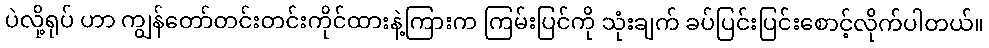
ပဲလို့ရုပ် ဟာ ကျွန်တော်တင်းတင်းကိုင်ထားနဲ့ကြားက ကြမ်းပြင်ကို သုံးချက် ခပ်ပြင်းပြင်းစောင့်လိုက်ပါတယ်။